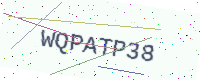
Text: WQPATP38